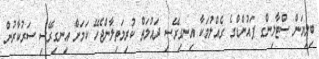
ބިލިޔަން ސްޓާލިންގ ޕައުންޑްގެ ގެއްލުމަކާ އިނގިރޭސި ދައުލަތް ކުރިމަތިލާންޖެހޭ ކަމަށް އިނގިރޭސި ސަރުކާރުން